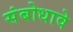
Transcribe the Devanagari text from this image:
संबोधावे